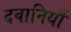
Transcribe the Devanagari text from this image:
दवानियाँ